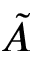
\tilde { A }